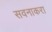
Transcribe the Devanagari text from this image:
सवनाकरा